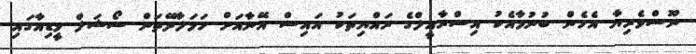
ނޫސްވެރިޔާ އެހެން ބުނުމާއެކު އިސްރާއީލްގެ ރައްޔިތަކު އައިސް އޭނާއަށް ހަމަލާދޭތަން ސޯޝަލް މީޑިއާގައި